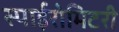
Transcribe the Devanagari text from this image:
स्पाईरोमिटरी